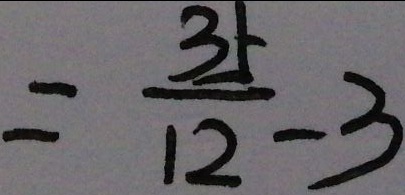
= \frac { 3 5 } { 1 2 } - 3